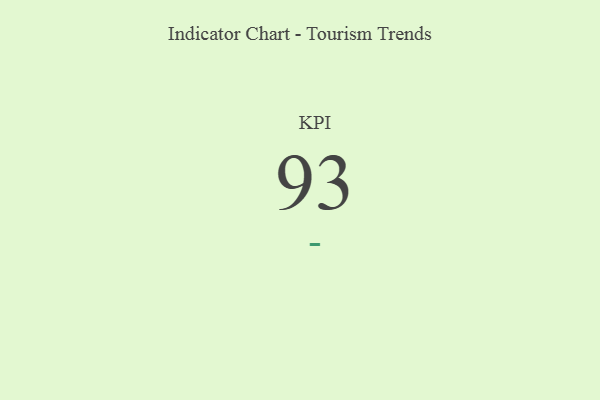
{"axis": {"x": "KPI", "y": "Value"}, "legend": [""], "data": [{"x": "KPI", "y": 93, "type": ""}]}